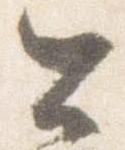
公